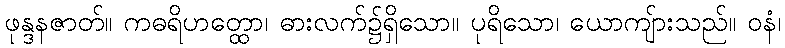
ဖုန္ဒနဇာတ်။ ကဓရိဟတ္ထော၊ ဓားလက်၌ရှိသော။ ပုရိသော၊ ယောကျ်ားသည်။ ဝနံ၊